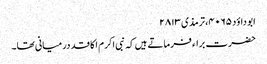
ابو داؤد ۴۰۶۵، ترمذی ۲۸۱۳
حضرت براء فرماتے ہیں کہ نبی اکرم ا کا قد درمیانی تھا۔